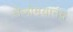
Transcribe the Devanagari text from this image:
तेजोमयानंद